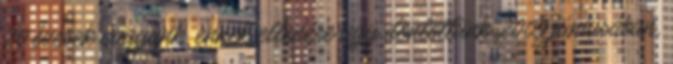
20 évesek vagyunk, ennek ellenére úgy döntöttünk 2009 júniusában,